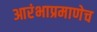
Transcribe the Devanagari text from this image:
आरंभाप्रमाणेच